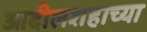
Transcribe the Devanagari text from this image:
आदीलशहाच्या